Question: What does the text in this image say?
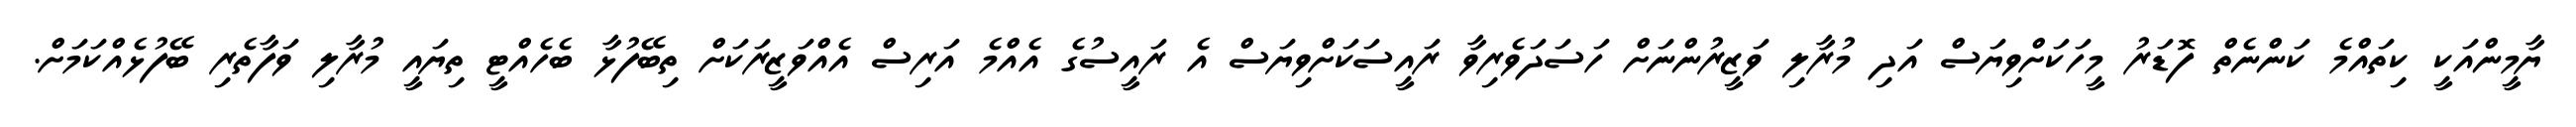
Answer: ޔާމީންއަކީ ކިތައްމެ ކަންނެތް ފޮޑަރު މީހަކަށްވިޔަސް އަދި މުރާލި ވަޒީރުންނަށް ހަސަދަވެރިވާ ރައީސަކަށްވިޔަސް އެ ރައީސުގެ އެއްމެ އަރިސް އެއްވަޒީރަކަށް ތިބޭފުޅާ ބެހެއްޓީ ތިޔައީ މުރާލި ވަފާތެރި ބޭފުޅެއްކަމަށް.